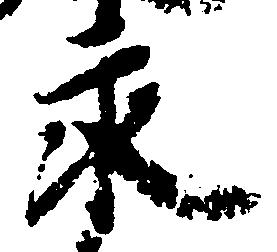
永